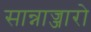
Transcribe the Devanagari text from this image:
सान्नाज्जारो